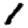
Digit: 1